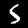
Digit: 5